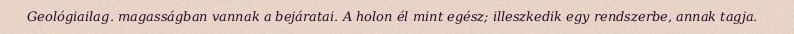
Geológiailag. magasságban vannak a bejáratai. A holon él mint egész; illeszkedik egy rendszerbe, annak tagja.